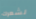
لشعرك